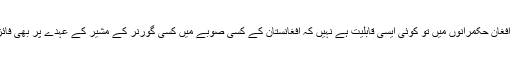
ان موجودہ افغان حکمرانوں میں تو کوئی ایسی قابلیت ہے نہیں کہ افغانستان کے کسی صوبے میں کسی گورنر کے مشیر کے عہدے پر بھی فائزہ ہوسکیں۔